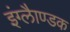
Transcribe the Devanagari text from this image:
इंग्लैाण्डक